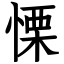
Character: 慄